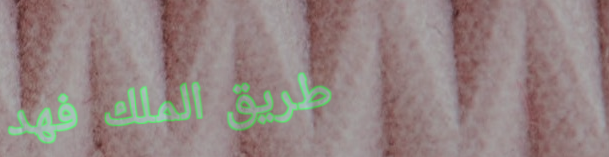
طريق الملك فهد